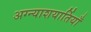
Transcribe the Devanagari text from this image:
अग्न्याशयार्तियाँ